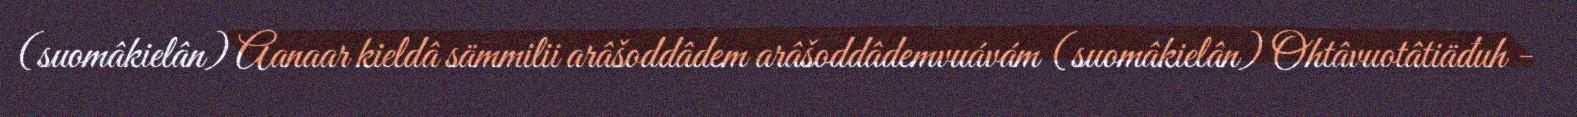
(suomâkielân) Aanaar kieldâ sämmilii arâšoddâdem arâšoddâdemvuávám (suomâkielân) Ohtâvuotâtiäđuh -